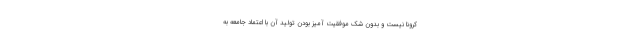
کرونا نیست و بدون شک موفقیت آمیز بودن تولید آن با اعتماد جامعه به